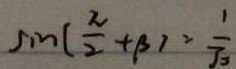
\sin ( \frac { \pi } { 2 } + \beta ) = \frac { 1 } { \sqrt { 3 } }